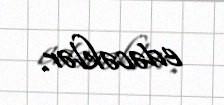
edəcəklər.